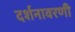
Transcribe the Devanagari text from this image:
दर्शनावरणी